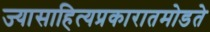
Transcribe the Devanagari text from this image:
ज्यासाहित्यप्रकारातमोडते